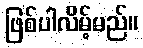
ဖြစ်ပါလိမ့်မည်။